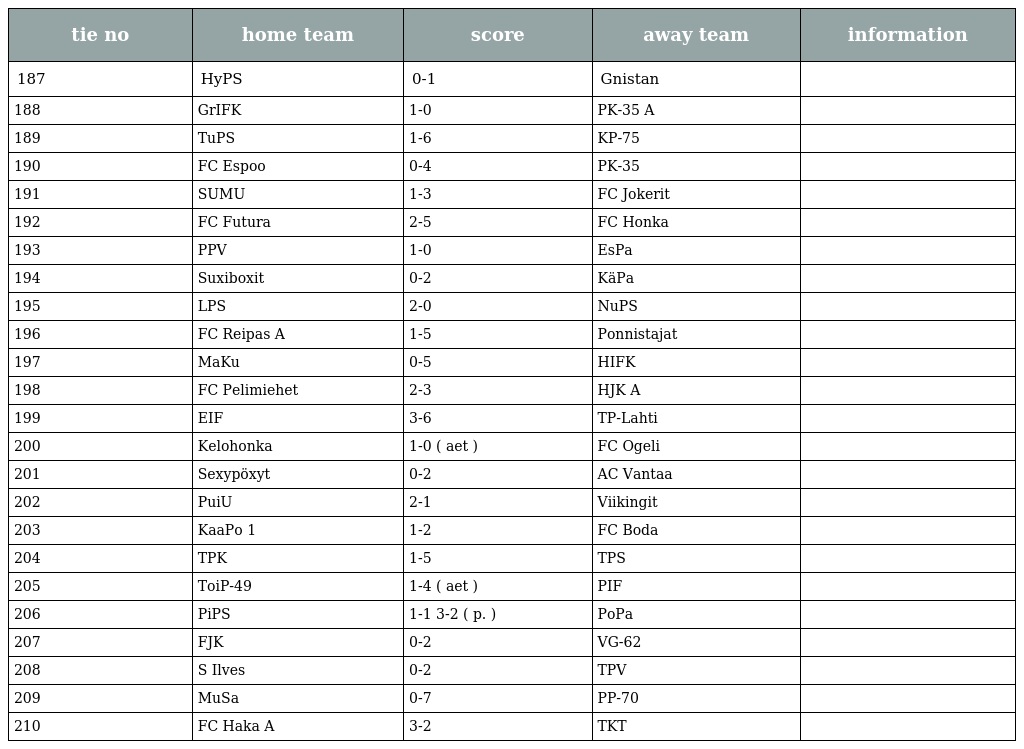
| tie no | home team | score | away team | information |
 | --- | --- | --- | --- | --- |
 | 187 | HyPS | 0-1 | Gnistan |  |
 | 188 | GrIFK | 1-0 | PK-35 A |  |
 | 189 | TuPS | 1-6 | KP-75 |  |
 | 190 | FC Espoo | 0-4 | PK-35 |  |
 | 191 | SUMU | 1-3 | FC Jokerit |  |
 | 192 | FC Futura | 2-5 | FC Honka |  |
 | 193 | PPV | 1-0 | EsPa |  |
 | 194 | Suxiboxit | 0-2 | KäPa |  |
 | 195 | LPS | 2-0 | NuPS |  |
 | 196 | FC Reipas A | 1-5 | Ponnistajat |  |
 | 197 | MaKu | 0-5 | HIFK |  |
 | 198 | FC Pelimiehet | 2-3 | HJK A |  |
 | 199 | EIF | 3-6 | TP-Lahti |  |
 | 200 | Kelohonka | 1-0 ( aet ) | FC Ogeli |  |
 | 201 | Sexypöxyt | 0-2 | AC Vantaa |  |
 | 202 | PuiU | 2-1 | Viikingit |  |
 | 203 | KaaPo 1 | 1-2 | FC Boda |  |
 | 204 | TPK | 1-5 | TPS |  |
 | 205 | ToiP-49 | 1-4 ( aet ) | PIF |  |
 | 206 | PiPS | 1-1 3-2 ( p. ) | PoPa |  |
 | 207 | FJK | 0-2 | VG-62 |  |
 | 208 | S Ilves | 0-2 | TPV |  |
 | 209 | MuSa | 0-7 | PP-70 |  |
 | 210 | FC Haka A | 3-2 | TKT |  |